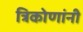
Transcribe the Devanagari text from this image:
त्रिकोणांनी